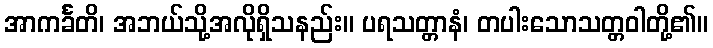
အာကင်္ခတိ၊ အဘယ်သို့အလိုရှိသနည်း။ ပရသတ္တာနံ၊ တပါးသောသတ္တဝါတို့၏။